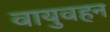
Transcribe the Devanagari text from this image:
वायुवहन